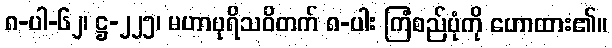
၈-ပါ-၆၂၊ ဋ္ဌ-၂၂၅၊ မဟာပုရိသဝိတက် ၈-ပါး ကြံစည်ပုံကို ဟောထား၏။